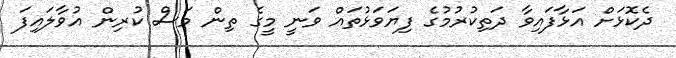
ދެކޮޅަށް އަޅާފައިވާ ދަތިކުރުމުގެ ފިޔަވަޅުތައް ވަނީ މީގެ ތިން މަސް ކުރިން އުވާލައިފަ